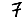
Digit: 7